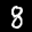
Label: 8